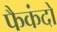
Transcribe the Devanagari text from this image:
फैकंदो